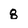
Character: 8